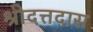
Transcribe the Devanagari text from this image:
श्रीदत्तदास